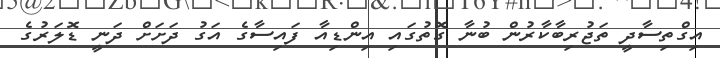
އިގްތިސާދީ ތަޖުރިބާކާރުން ބުނާ ގޮތުގައި އިންޑިއާ ފައިސާގެ އަގު ދަށަށް ދަނީ ޑޮލަރުގެ